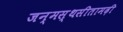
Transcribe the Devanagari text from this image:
जन्मस्थसीतामढ़ी